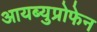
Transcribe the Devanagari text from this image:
आयब्युप्रोफेन